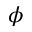
\phi